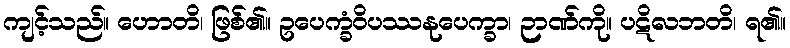
ကျင့်သည်။ ဟောတိ၊ ဖြစ်၏။ ဥပေက္ခံဝိပဿနုပေက္ခာ၊ ဉာဏ်ကို။ ပဋိလဘတိ၊ ရ၏။